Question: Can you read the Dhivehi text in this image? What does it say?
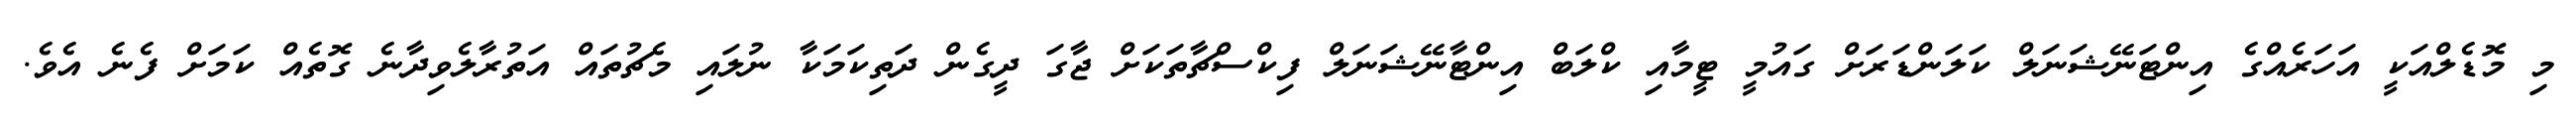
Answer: މި މޮޑެލްއަކީ އަހަރެއްގެ އިންޓަނޭޝަނަލް ކަލަންޑަރަށް ގައުމީ ޓީމާއި ކްލަބް އިންޓާނޭޝަނަލް ފިކްސްޗާތަކަށް ޖާގަ ދީގެން ދަތިކަމަކާ ނުލައި މެޗުތައް އަތުރާލެވިދާނެ ގޮތެއް ކަމަށް ފެނެ އެވެ.